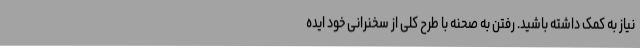
نیاز به کمک داشته باشید. رفتن به صحنه با طرح کلی از سخنرانی خود ایده